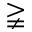
\gneqq